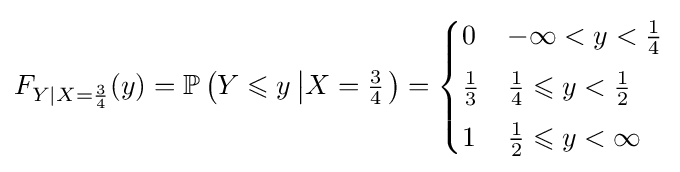
F_{Y|X={\frac {3}{4}}}(y)=\mathbb {P} \left(Y\leqslant y\left|X={\tfrac {3}{4}}\right.\right)={\begin{cases}0&-\infty <y<{\tfrac {1}{4}}\\[4pt]{\tfrac {1}{3}}&{\tfrac {1}{4}}\leqslant y<{\tfrac {1}{2}}\\[4pt]1&{\tfrac {1}{2}}\leqslant y<\infty \end{cases}}